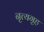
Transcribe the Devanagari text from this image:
नृत्यगृह